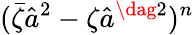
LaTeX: (\bar{\zeta}\hat{a}^{2}-\zeta\hat{a}^{\dag 2})^{n}